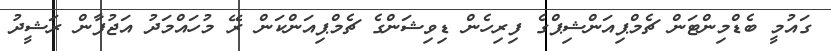
ގައުމީ ބެޑްމިންޓަން ޗެމްޕިއަންޝިޕްގެ ފިރިހެން ޑިވިޝަންގެ ޗެމްޕިއަންކަން ރޭ މުހައްމަދު އަޖުފާން ރަޝީދު